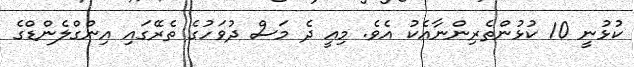
ކުޅުނީ 10 ކުޅުންތެރިންނާއެކު އެވެ. މިއީ ދެ މަސް ދުވަހުގެ ތެރޭގައި އިންގްލެންޑްގެ